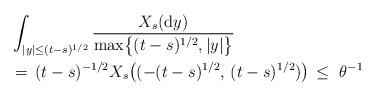
LaTeX: \begin{align*}& \int_{|y|\leq(t-s)^{1/2}}\frac{X_{s}(\mathrm{d}y)}{\max\bigl\{(t-s)^{1/2},|y|\bigr\}}\\& =\,(t-s)^{-1/2}X_{s}\bigl((-(t-s)^{1/2},\,(t-s)^{1/2})\bigr)\,\leq\ \theta^{-1}\end{align*}